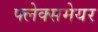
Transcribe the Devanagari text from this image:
फ्लेक्समेयर